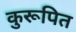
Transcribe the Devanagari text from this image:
कुरूपित